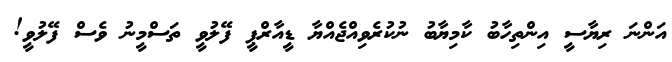
އަންނަ ރިޔާސީ އިންތިހާބު ކާމިޔާބު ނުކުރެވިއްޖެއްޔާ ޑީއާރްޕީ ފޭލުވީ ތަސްމީނު ވެސް ފޭލުވީ!